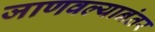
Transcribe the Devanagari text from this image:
जाणवल्यानंतर